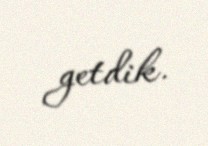
getdik.